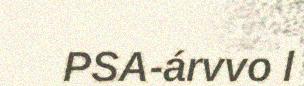
PSA-árvvo l